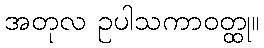
အတုလ ဥပါသကာဝတ္ထု။